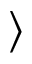
\rangle